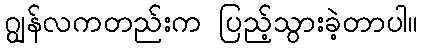
ဂျွန်လကတည်းက ပြည့်သွားခဲ့တာပါ။